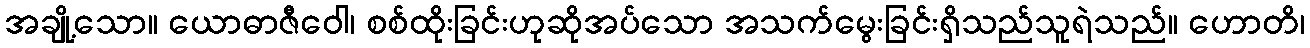
အချို့သော။ ယောဓာဇီဝေါ၊ စစ်ထိုးခြင်းဟုဆိုအပ်သော အသက်မွေးခြင်းရှိသည်သူရဲသည်။ ဟောတိ၊